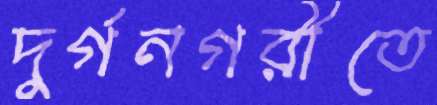
দুর্গনগরীতে